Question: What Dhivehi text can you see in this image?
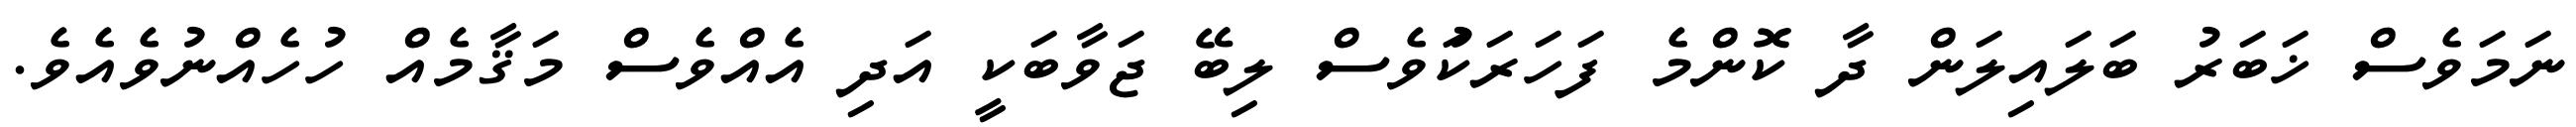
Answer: ނަމަވެސް ޚަބަރު ބަލައިލަން ދާ ކޮންމެ ފަހަރަކަުވެސް ލިބޭ ޖަވާބަކީ އަދި އެއްވެސް މަޤާމެއް ހުހެއްނުވެއެވެ.